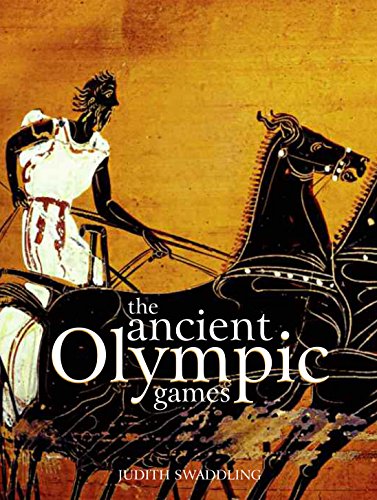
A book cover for The Ancient Olympic Games: Third edition; Judith Swaddling; Sports & Outdoors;